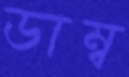
ডাম্ব